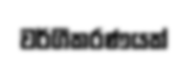
වර්ගීකරණයක්